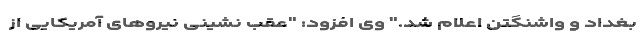
بغداد و واشنگتن اعلام شد." وی افزود: "عقب نشینی نیروهای آمریکایی از